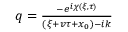
\begin{array} { r } { q = \frac { - e ^ { i \chi ( \xi , \tau ) } } { ( \xi + v \tau + x _ { 0 } ) - i k } } \end{array}